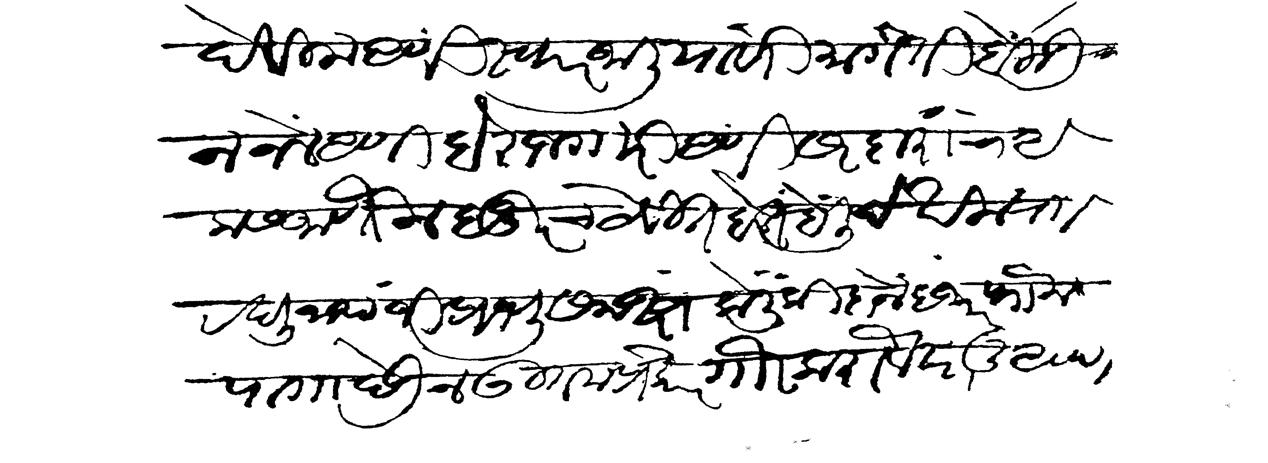
Transliteration (Devanagari): देविला आणि स्वार जालियावरी मागती बोलाऊन नेले आणि बेरोजगारी आणि सरदारांचा आकस जाणोन हुजूरच ठेवीत होते बोलीदेखील राा रघुनाथजी प्रभूसमक्ष केली की दोन हजार फौज पागा देऊन उत्तम प्रकारे गौर करावे परंतु आपण